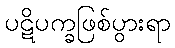
ပဋိပက္ခဖြစ်ပွားရာ